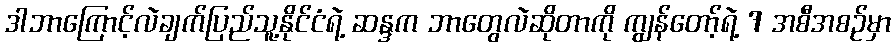
ဒါဘာကြောင့်လဲချက်ပြည်သူ့နိုင်ငံရဲ့ ဆန္ဒက ဘာတွေလဲဆိုတာကို ကျွန်တော့်ရဲ့ 7 အစီအစဉ်မှာ